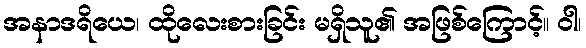
အနာဒရိယေ၊ ထိုလေးစားခြင်း မရှိသူ၏ အဖြစ်ကြောင့်။ ဝါ၊